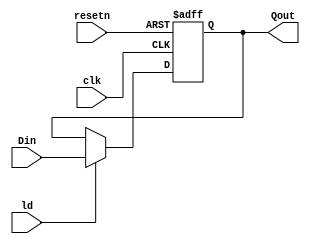
module kbitwidthReg #(parameter WIDTH = 16)
	(
	input [WIDTH - 1 : 0] Din,
	input clk,resetn,ld,
	output reg [WIDTH - 1 : 0] Qout
); 

	initial
		Qout <= {WIDTH{1'b0}};

	always @(posedge clk or negedge resetn)
	begin
		if(!resetn)
			Qout <= {WIDTH{1'b0}};
		else
		begin
			if(ld)
				Qout <= Din;
			else
				Qout <= Qout;
		end
	end	
endmodule